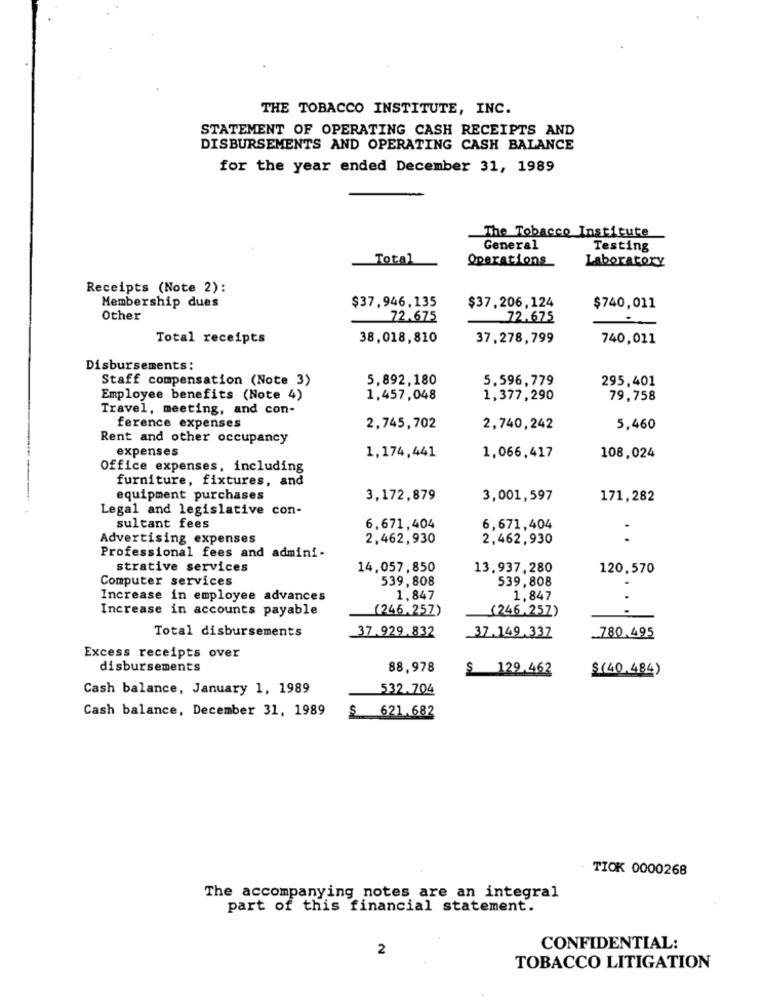
THE TOBACCO INSTITUTE, INC.
STATEMENT OF OPERATING CASH RECEIPTS AND
DISBURSEMENTS AND OPERATING CASH BALANCE
for the year ended December 31, 1989
TheTobacco Institute
General
Testing
Total
Operations
Laboratory
Receipts (Note 2):
$37,946,135
Membership dues
$37,206,124
$740,011
Other
72.675
72.675
-
Total receipts
38,018,810
37,278,799
740,011
Disbursements:
Staff compensation (Note 3)
5,892,180
5,596,779
295,401
Employee benefits (Note 4)
1,457,048
1,377,290
79,758
Travel, meeting, and con-
ference expenses
2,745,702
2,740,242
5,460
Rent and other occupancy
expenses
1,174,441
1,066,417
108,024
Office expenses, including
furniture, fixtures, and
equipment purchases
3,172,879
3,001,597
171,282
Legal and legislative con-
sultant fees
6,671,404
6,671,404
Advertising expenses
2,462,930
2,462,930
..
Professional fees and admini-
strative services
14,057,850
13.937,280
120,570
Computer services
539, 808
539,808
Increase in employee advances
1,847
1,847
Increase in accounts payable
(246.257)
(246,257)
Total disbursements
37.929.832
37.149 337
.780.495
Excess receipts over
disbursements
88,978
$ 129.462
$(40.484)
Cash balance, January 1, 1989
532.704
Cash balance, December 31, 1989
$ 621.682
TIOK 0000268
The accompanying notes are an integral
part of this financial statement.
2
CONFIDENTIAL:
TOBACCO LITIGATION